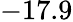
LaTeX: -17.9